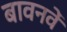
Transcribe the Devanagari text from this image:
बावनवें